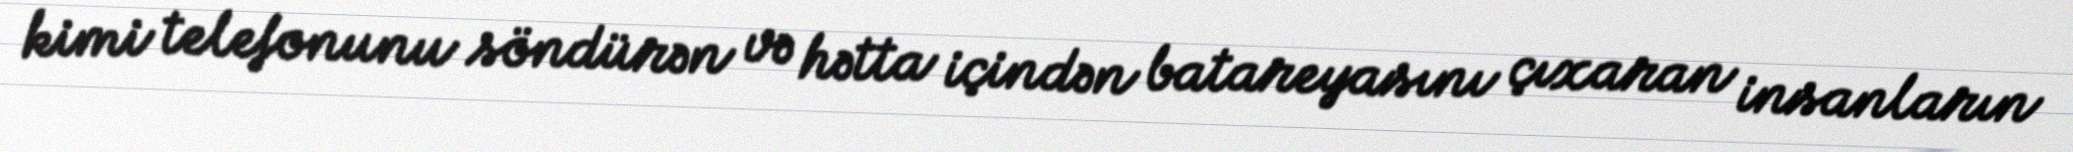
kimi telefonunu söndürən və hətta içindən batareyasını çıxaran insanların